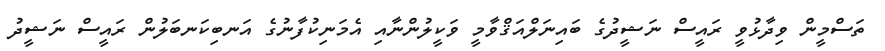
ތަސްމީން ވިދާޅުވީ ރައީސް ނަޝީދުގެ ބައިނަލްއަޤްވާމީ ވަކީލުންނާއި އެމަނިކުފާނުގެ އަނބިކަނބަލުން ރައީސް ނަޝީދު